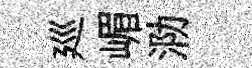
廵嵋泐